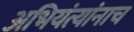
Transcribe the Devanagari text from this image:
अभियंत्यांनाच